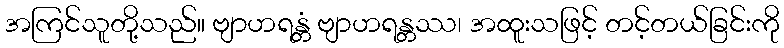
အကြင်သူတို့သည်။ ဗျာဟရန္တံ ဗျာဟရန္တဿ၊ အထူးသဖြင့် တင့်တယ်ခြင်းကို